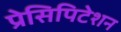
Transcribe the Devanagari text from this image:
प्रेसिपिटेशन